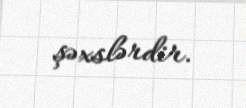
şəxslərdir.